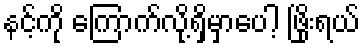
နင့်ကို ကြောက်လို့ရှိမှာပေါ့ ဖြိုးရယ်